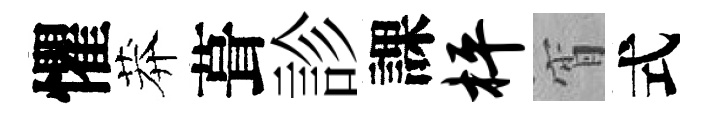
懼莽葺診課枰宵式